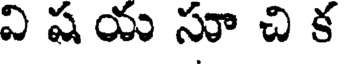
వి ష య సూ చి క